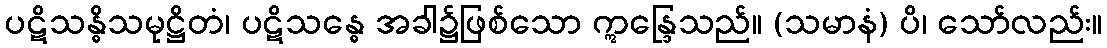
ပဋိသန္ဓိသမုဋ္ဌိတံ၊ ပဋိသန္ဓေ အခါ၌ဖြစ်သော ဣန္ဒြေသည်။ (သမာနံ) ပိ၊ သော်လည်း။